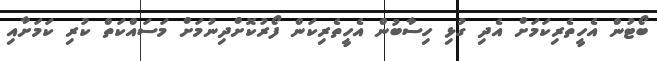
ބޯޓުން އެހީތެރިކަމަށް އެދި ގުޅި ހިސާބުން އެހީތެރިކަން ފޯރުކޮށްދިނުމަށް މަސައްކަތް ކުރި ކަމަށާއި